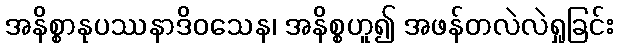
အနိစ္စာနုပဿနာဒိဝသေန၊ အနိစ္စဟူ၍ အဖန်တလဲလဲရှုခြင်း